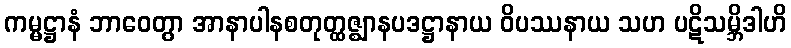
ကမ္မဋ္ဌာနံ ဘာဝေတွာ အာနာပါနစတုတ္ထဇ္ဈာနပဒဋ္ဌာနာယ ဝိပဿနာယ သဟ ပဋိသမ္ဘိဒါဟိ